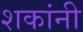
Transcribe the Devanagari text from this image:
शकांनी